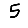
Digit: 5